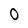
Character: 0